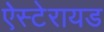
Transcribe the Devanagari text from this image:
ऐस्टेरायड